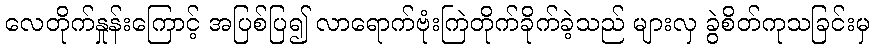
လေတိုက်နှုန်းကြောင့် အပြစ်ပြ၍ လာရောက်ဗုံးကြဲတိုက်ခိုက်ခဲ့သည် များလှ ခွဲစိတ်ကုသခြင်းမှ